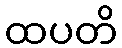
ထပတိ